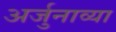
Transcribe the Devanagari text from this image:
अर्जुनाव्या